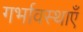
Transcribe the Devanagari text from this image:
गर्भावस्थाएँ